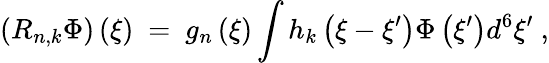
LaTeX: \left(R_{n,k}\Phi\right)\left(\xi\right)\ =\ g_{n}\left(\xi\right)\int h_{k}\left(\xi-\xi^{\prime}\right)\Phi\left(\xi^{\prime}\right)d^{6}\xi^{\prime}\ ,